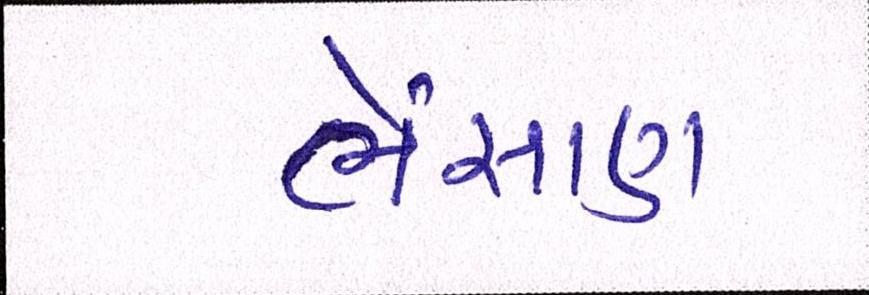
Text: ભેંસાણ